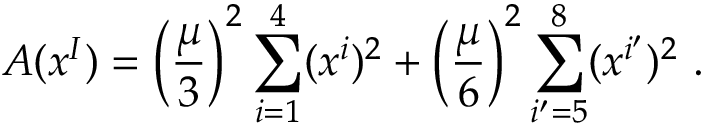
A ( x ^ { I } ) = \left( \frac { \mu } { 3 } \right) ^ { 2 } \sum _ { i = 1 } ^ { 4 } ( x ^ { i } ) ^ { 2 } + \left( \frac { \mu } { 6 } \right) ^ { 2 } \sum _ { i ^ { \prime } = 5 } ^ { 8 } ( x ^ { i ^ { \prime } } ) ^ { 2 } ~ .